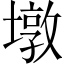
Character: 墩